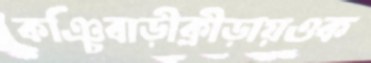
কঞ্চিবাড়ীক্রীড়ায়ওক